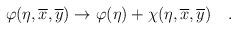
LaTeX: \begin{align*}\varphi(\eta,\overline{x}, \overline{y})\rightarrow \varphi(\eta) +\chi(\eta,\overline{x}, \overline{y})~~~.\end{align*}